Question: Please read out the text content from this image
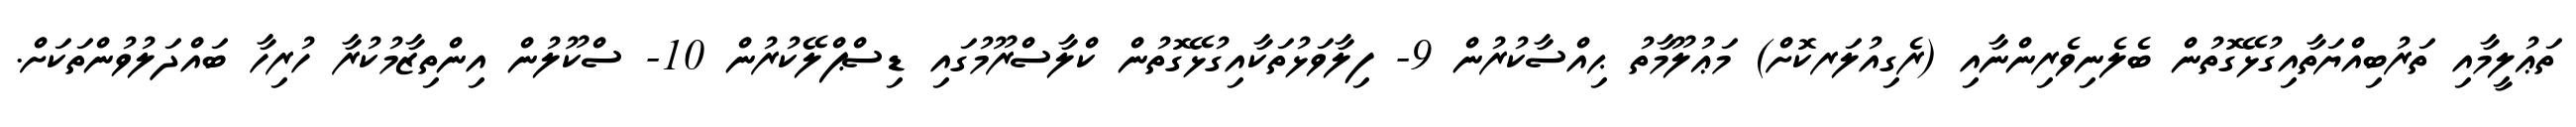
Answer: ތަޢުލީމާއި ތަރުބިއްޔަތާއިގުޅޭގޮތުން ބެލެނިވެރިންނާއި (ރެގިއުލަރކޮށް) މަޢުލޫމާތު ޙިއްސާކުރުން 9- ފިލާވަޅުތަކާއިގުޅޭގޮތުން ކްލާސްރޫމުގައި ޑިސްޕްލޭކުރުން 10- ސްކޫލުން އިންތިޒާމުކުރާ ހުރިހާ ބައްދަލުވުންތަކަށް.